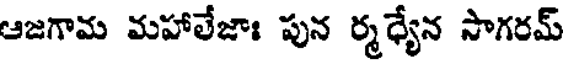
ఆజగామ మహాలేజాః పున ర్మధ్యేన సాగరమ్